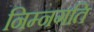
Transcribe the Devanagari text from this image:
निम्नगति